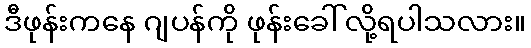
ဒီဖုန်းကနေ ဂျပန်ကို ဖုန်းခေါ်လို့ရပါသလား။